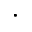
\cdot